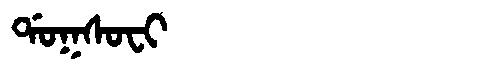
Manchu: ᡩᠣᡴᠰᠣᠸᡳ
Romanization: DOKSOFI